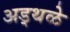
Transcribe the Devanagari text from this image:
अड्थळे